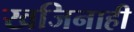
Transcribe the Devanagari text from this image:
खजिनाही